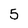
Character: 5